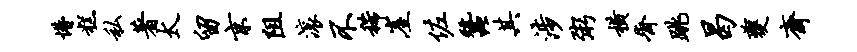
懵糕私著太留京阻滚不稀崖佐蚕其涉粥横齐跳曷夔斋